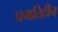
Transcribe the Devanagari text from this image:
प्रगतिहीन